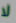
لا